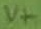
Text: V+